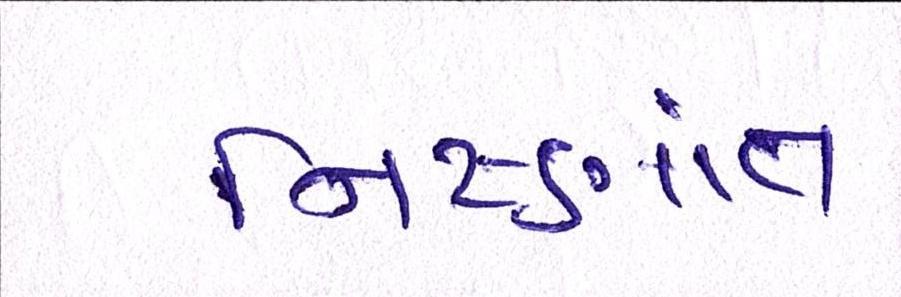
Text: નિષ્ણાંત